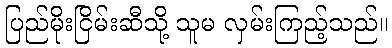
ပြည်မိုးငြိမ်းဆီသို့ သူမ လှမ်းကြည့်သည်။